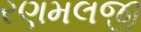
રણમલજી